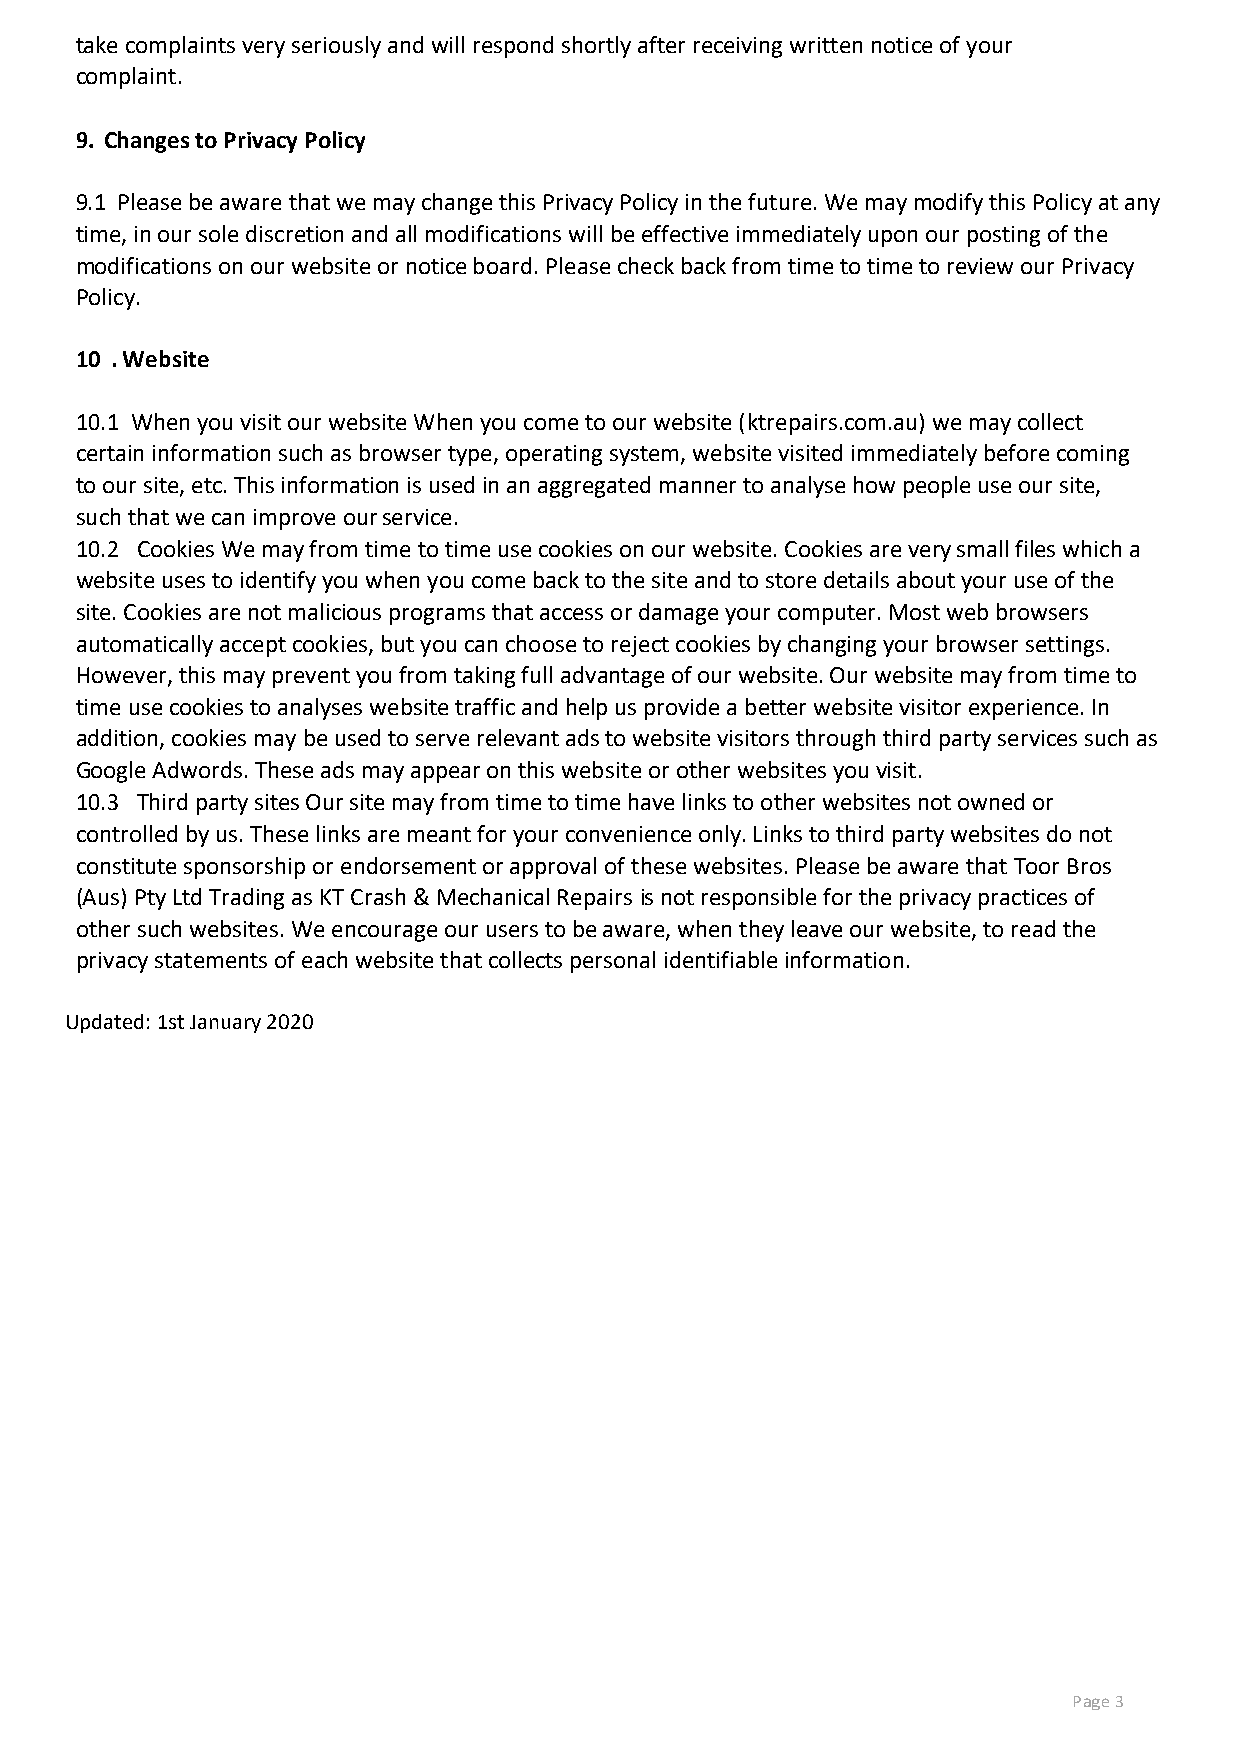
take complaints very seriously and will respond shortly after receiving written notice of your
 complaint.
 9. Changes to Privacy Policy
 9.1 Please be aware that we may change this Privacy Policy in the future. We may modify this Policy at any
 time, in our sole discretion and all modifications will be effective immediately upon our posting of the
 modifications on our website or notice board. Please check back from time to time to review our Privacy
 Policy.
 10 . Website
 10.1 When you visit our website When you come to our website (ktrepairs.com.au) we may collect
 certain information such as browser type, operating system, website visited immediately before coming
 to our site, etc. This information is used in an aggregated manner to analyse how people use our site,
 such that we can improve our service.
 10.2 Cookies We may from time to time use cookies on our website. Cookies are very small files which a
 website uses to identify you when you come back to the site and to store details about your use of the
 site. Cookies are not malicious programs that access or damage your computer. Most web browsers
 automatically accept cookies, but you can choose to reject cookies by changing your browser settings.
 However, this may prevent you from taking full advantage of our website. Our website may from time to
 time use cookies to analyses website traffic and help us provide a better website visitor experience. In
 addition, cookies may be used to serve relevant ads to website visitors through third party services such as
 Google Adwords. These ads may appear on this website or other websites you visit.
 10.3 Third party sites Our site may from time to time have links to other websites not owned or
 controlled by us. These links are meant for your convenience only. Links to third party websites do not
 constitute sponsorship or endorsement or approval of these websites. Please be aware that Toor Bros
 (Aus) Pty Ltd Trading as KT Crash & Mechanical Repairs is not responsible for the privacy practices of
 other such websites. We encourage our users to be aware, when they leave our website, to read the
 privacy statements of each website that collects personal identifiable information.
 Updated: 1st January 2020
 Page 3